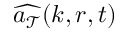
\widehat { \boldsymbol { a } _ { \mathcal { T } } } ( \boldsymbol { k } , \boldsymbol { r } , t )